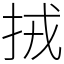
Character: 𢫨